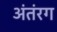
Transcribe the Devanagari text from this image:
अंतंरग